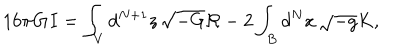
LaTeX: 1 6 \pi { \bf G } I = \int _ { V } d ^ { N + 1 } z \, \sqrt { - G } { \cal R } - 2 \int _ { B } d ^ { N } x \, \sqrt { - g } K ,